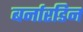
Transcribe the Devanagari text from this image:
बर्नारडिन